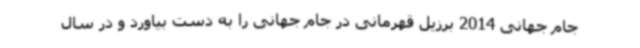
جام جهانی 2014 برزیل قهرمانی در جام جهانی را به دست بیاورد و در سال